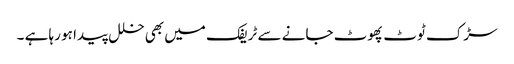
سڑک ٹوٹ پھوٹ جانے سے ٹریفک میں بھی خلل پیدا ہو رہا ہے ۔